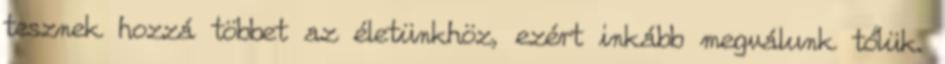
tesznek hozzá többet az életünkhöz, ezért inkább megválunk tőlük.